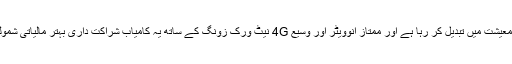
ایزی پیسہ جدید طریقے پیش کرتے ہوئے پاکستان کو ایک مضبوط ڈیجیٹل معیشت میں تبدیل کر رہا ہے اور ممتاز انوویٹر اور وسیع 4G نیٹ ورک زونگ کے ساتھ یہ کامیاب شراکت داری بہتر مالیاتی شمولیت اور خودمختاری کو فروغ دینے کے لئے اس کے عزم کی عکاسی ہے۔